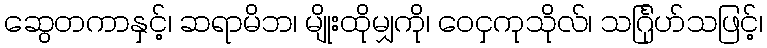
ဆွေတကာနှင့်၊ ဆရာမိဘ၊ မျိုးထိုမျှကို၊ ဝေငှကုသိုလ်၊ သင်္ဂြုဟ်သဖြင့်၊